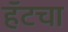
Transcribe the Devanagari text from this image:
हॅटचा